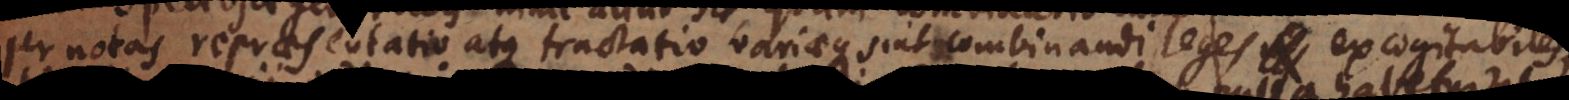
per notas repraesentatio atque tractatio, variaeque sint combinandi leges excogitabiles,